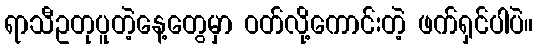
ရာသီဥတုပူတဲ့နေ့တွေမှာ ဝတ်လို့ကောင်းတဲ့ ဖက်ရှင်ပါပဲ။